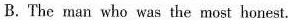
B. The man who was the most honest.